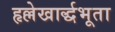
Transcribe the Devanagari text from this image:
हृल्लेखार्द्धभूता